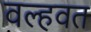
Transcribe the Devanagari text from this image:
वल्हवत